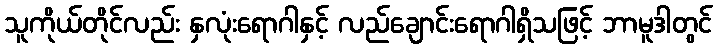
သူကိုယ်တိုင်လည်း နှလုံးရောဂါနှင့် လည်ချောင်းရောဂါရှိသဖြင့် ဘာမူဒါတွင်